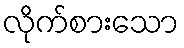
လိုက်စားသော